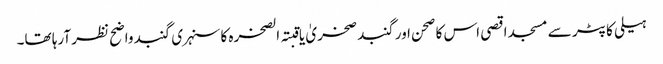
ہیلی کاپٹر سے مسجد اقصی اس کا صحن اور گنبد صخریٰ یا قبتہ الصخرہ کا سنہری گنبد واضح نظر آرہا تھا۔